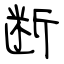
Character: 断